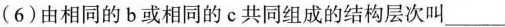
(6)由相同的b或相同的c共同组成的结构层次叫___